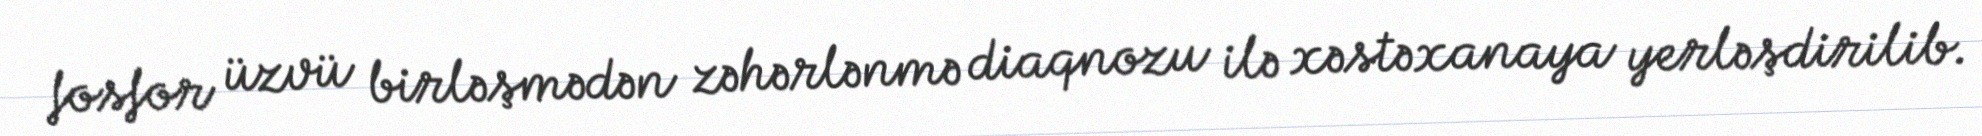
fosfor üzvü birləşmədən zəhərlənmə diaqnozu ilə xəstəxanaya yerləşdirilib.